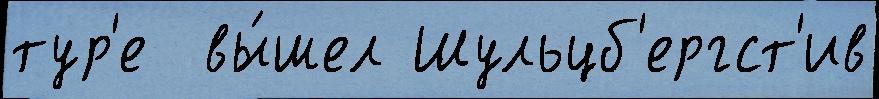
тур'е  вы́шел Шульцб'ергст'ив